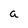
Character: a